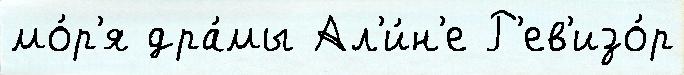
мо́р'я дра́мы Ал'и́н'е Р'ев'изо́р